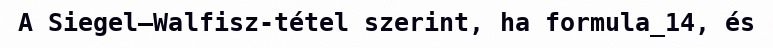
A Siegel–Walfisz-tétel szerint, ha formula_14, és